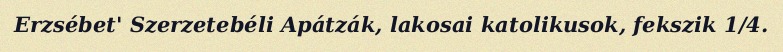
Erzsébet' Szerzetebéli Apátzák, lakosai katolikusok, fekszik 1/4.